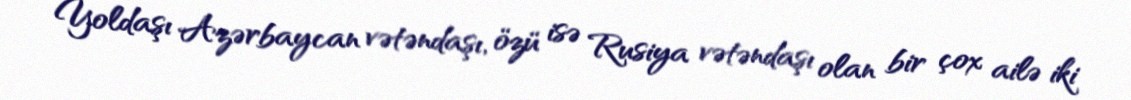
Yoldaşı Azərbaycan vətəndaşı, özü isə Rusiya vətəndaşı olan bir çox ailə iki